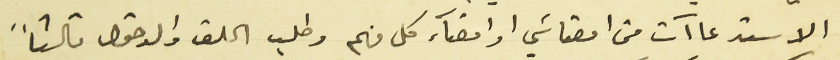
الاستدعاآت من امضائي اوامضآء كل منهم وطلب الملف والدخول ثالثاً